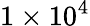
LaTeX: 1\times 10^{4}